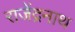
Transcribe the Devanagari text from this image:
राजेंद्रनाथ